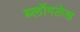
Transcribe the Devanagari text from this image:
ब्लॉगलेख